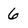
Character: 6